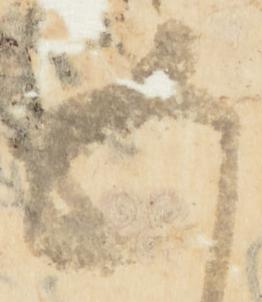
五